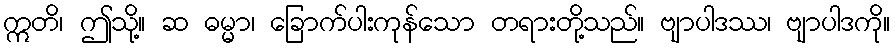
ဣတိ၊ ဤသို့။ ဆ ဓမ္မာ၊ ခြောက်ပါးကုန်သော တရားတို့သည်။ ဗျာပါဒဿ၊ ဗျာပါဒကို။